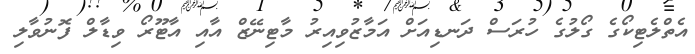
އެތްލެޓިކޯގެ ގޯލުގެ ހުރަސް ދަނޑިއަށް އަމާޒުވިއިރު މާޓިނޭޒް އާއި އާޓޫރޯ ވިޑާލް ފޮނުވާލި